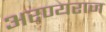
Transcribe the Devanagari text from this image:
अरण्यराज